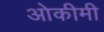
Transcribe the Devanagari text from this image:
ओकीमी